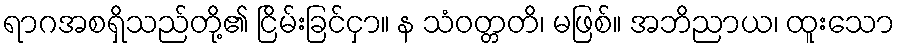
ရာဂအစရှိသည်တို့၏ ငြိမ်းခြင်ငှာ။ န သံဝတ္တတိ၊ မဖြစ်။ အဘိညာယ၊ ထူးသော